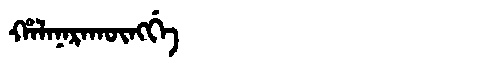
Manchu: ᡥᠠᠯᠠᠨᠠᡵᠠᡴᡡᠩᡤᡝ
Romanization: HALANARAKŪNGGE